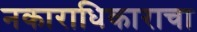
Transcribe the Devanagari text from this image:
नकाराधिकाराचा